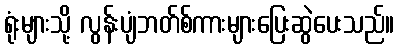
ရုံးများသို့ လွန်းပျံဘတ်စ်ကားများပြေးဆွဲပေးသည်။